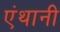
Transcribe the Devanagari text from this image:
एंथानी